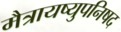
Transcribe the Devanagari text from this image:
मैत्रायष्युपनिषद